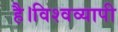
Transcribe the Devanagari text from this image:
है।विश्वव्यापी